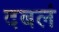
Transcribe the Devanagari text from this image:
दबलं